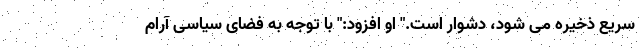
سریع ذخیره می شود، دشوار است." او افزود:" با توجه به فضای سیاسی آرام